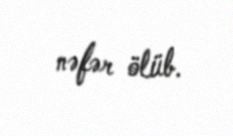
nəfər ölüb.